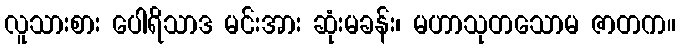
လူသားစား ပေါရိသာဒ မင်းအား ဆုံးမခန်း၊ မဟာသုတသောမ ဇာတက။